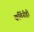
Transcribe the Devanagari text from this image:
कविंनीही